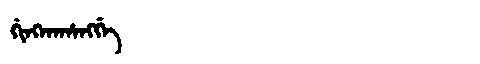
Manchu: ᡤᡳᠩᡴᠠᡥᠠᠩᡤᡝ
Romanization: GINGKAHANGGE